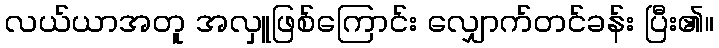
လယ်ယာအတူ အလှူဖြစ်ကြောင်း လျှောက်တင်ခန်း ပြီး၏။